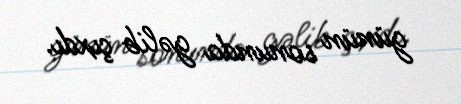
günün sonunda gəlib çıxdı.